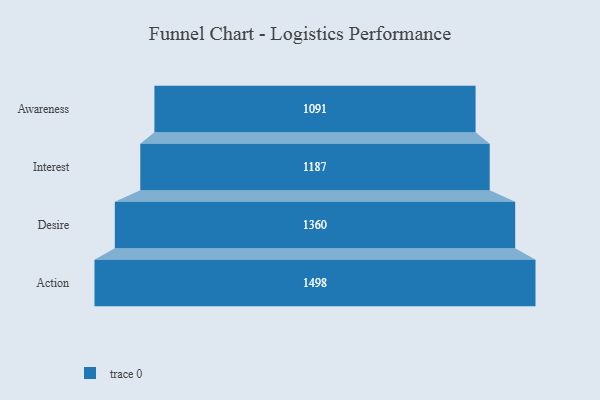
{"axis": {"x": "Stage", "y": "Value"}, "legend": [""], "data": [{"x": "Awareness", "y": 1091.0, "type": ""}, {"x": "Interest", "y": 1187.0, "type": ""}, {"x": "Desire", "y": 1360.0, "type": ""}, {"x": "Action", "y": 1498.0, "type": ""}]}